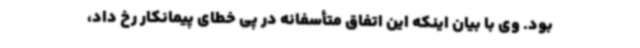
بود. وی با بیان اینکه این اتفاق متأسفانه در پی خطای پیمانکار رخ داد،